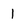
Character: 1